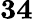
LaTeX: \mathbf{34}